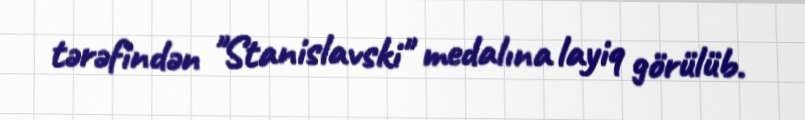
tərəfindən "Stanislavski" medalına layiq görülüb.